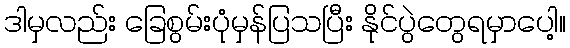
ဒါမှလည်း ခြေစွမ်းပုံမှန်ပြသပြီး နိုင်ပွဲတွေရမှာပေါ့။